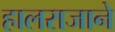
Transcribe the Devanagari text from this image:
हालराजाने